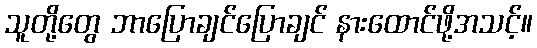
သူတို့တွေ ဘာပြောချင်ပြောချင် နားထောင်ဖို့အသင့်။